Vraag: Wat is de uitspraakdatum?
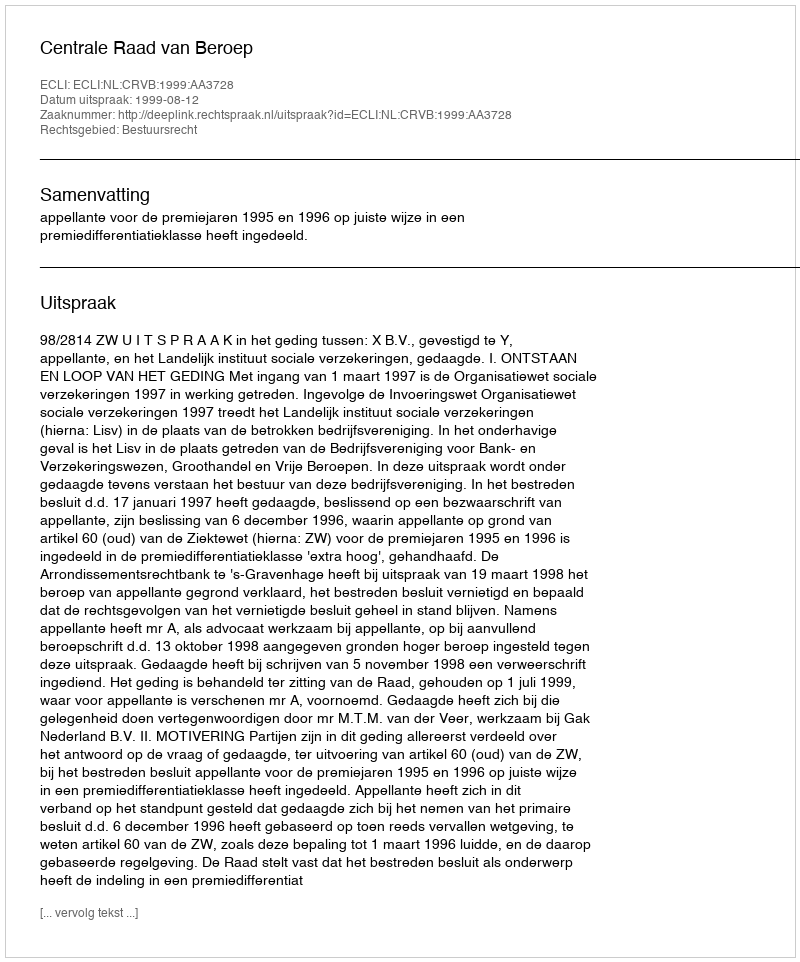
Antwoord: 1999-08-12